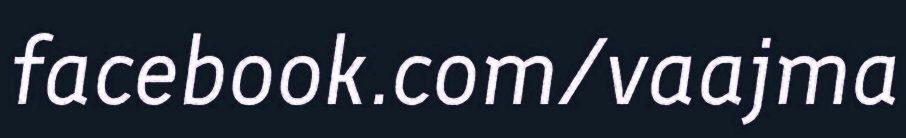
facebook.com/vaajma